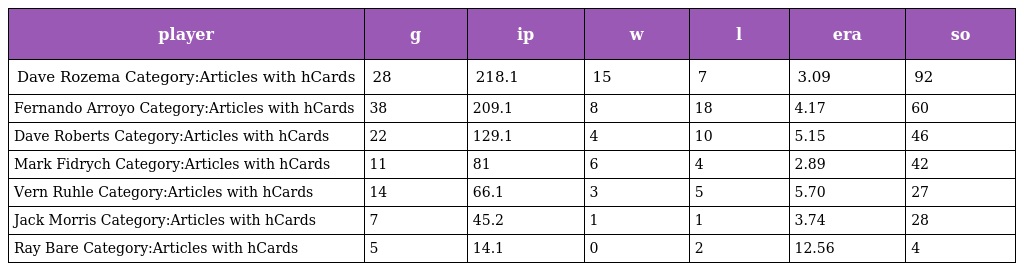
| player | g | ip | w | l | era | so |
 | --- | --- | --- | --- | --- | --- | --- |
 | Dave Rozema Category:Articles with hCards | 28 | 218.1 | 15 | 7 | 3.09 | 92 |
 | Fernando Arroyo Category:Articles with hCards | 38 | 209.1 | 8 | 18 | 4.17 | 60 |
 | Dave Roberts Category:Articles with hCards | 22 | 129.1 | 4 | 10 | 5.15 | 46 |
 | Mark Fidrych Category:Articles with hCards | 11 | 81 | 6 | 4 | 2.89 | 42 |
 | Vern Ruhle Category:Articles with hCards | 14 | 66.1 | 3 | 5 | 5.70 | 27 |
 | Jack Morris Category:Articles with hCards | 7 | 45.2 | 1 | 1 | 3.74 | 28 |
 | Ray Bare Category:Articles with hCards | 5 | 14.1 | 0 | 2 | 12.56 | 4 |